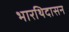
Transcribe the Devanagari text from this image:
भारथिदासन